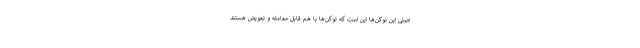
اصلی این توکن‌ها این است که توکن‌ها با هم قابل معامله و تعویض هستند